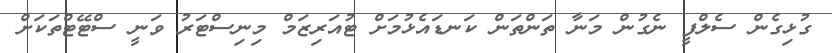
ގުޅިގެން ސެލްފީ ނެގުން މަނާ ތަންތަން ކަނޑައެޅުމަށް ޓުއަރިޒަމް މިނިސްޓަރު ވަނީ ސްޓޭޓްތަކަށް